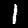
Digit: 1